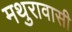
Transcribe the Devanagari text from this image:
मथुरावासी